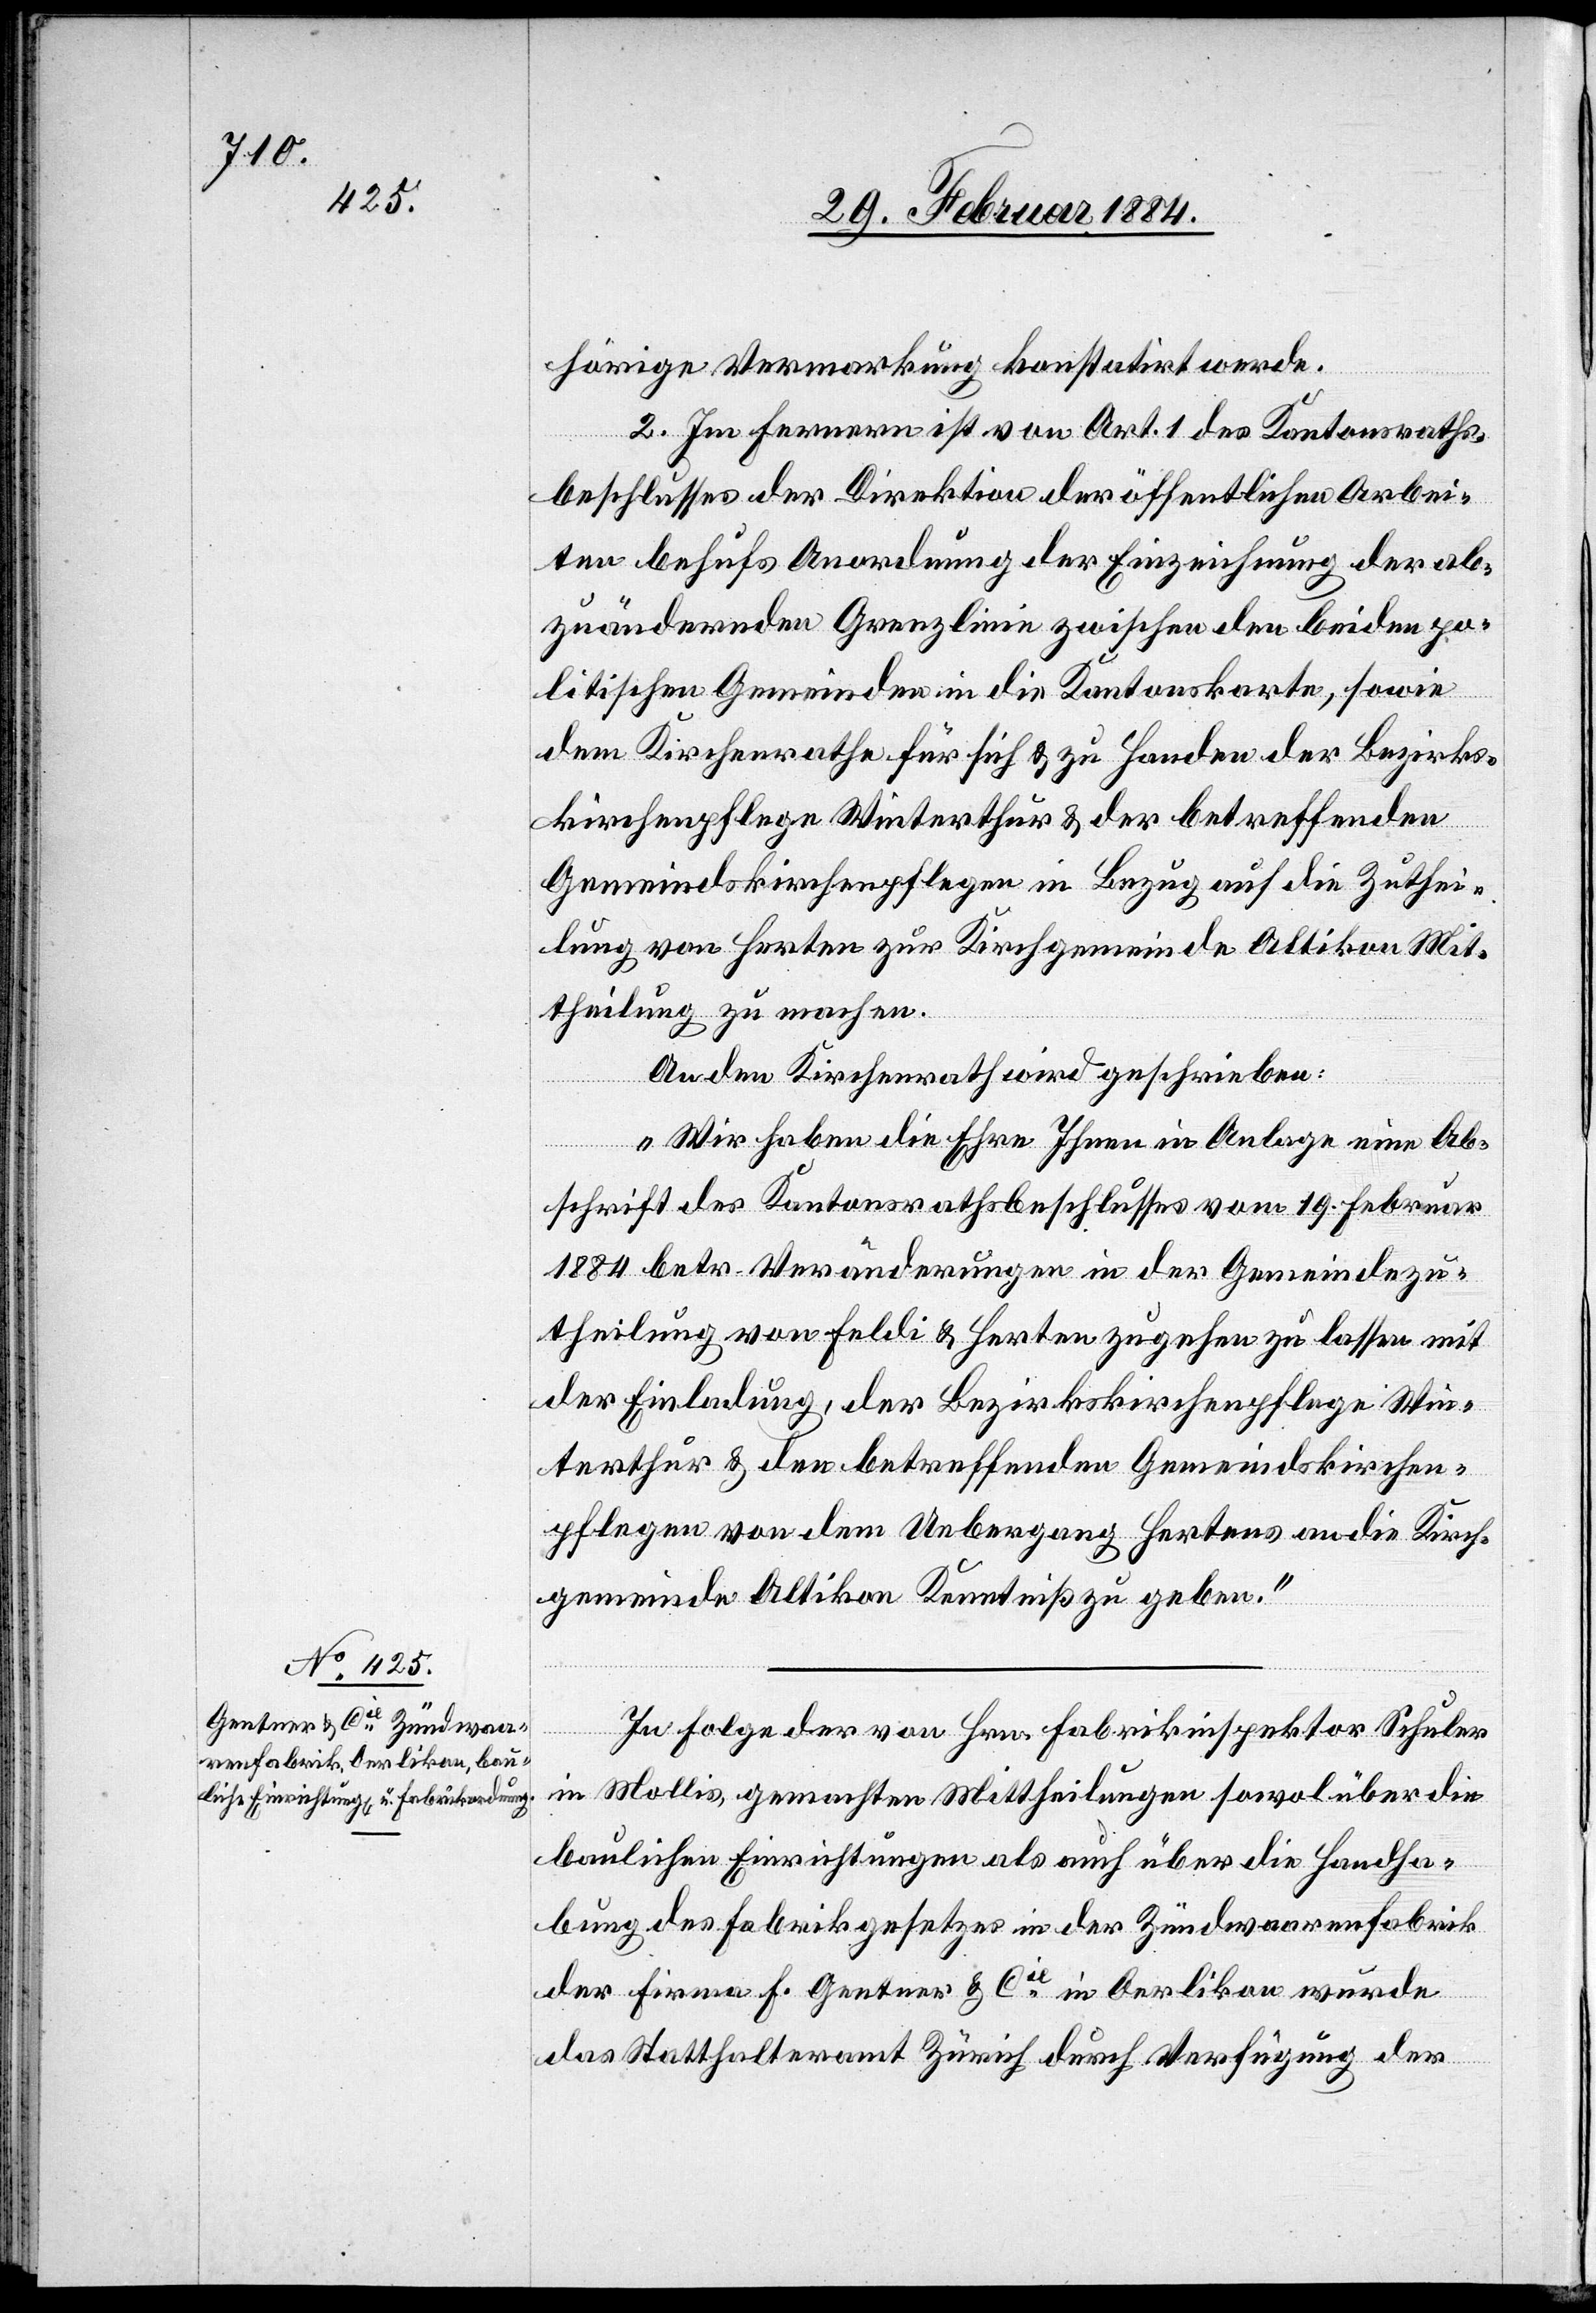
hörige Vermarkung konstatirt werde.
2. Im Ferneren ist von Art. 1 des Kantonsraths¬
beschlusses der Direktion der öffentlichen Arbei¬
ten behufs Anordnung der Einziehungen der ab¬
zuändernden Grenzlinien zwischen den beiden po¬
litischen Gemeinden in die Kantonskarte, sowie
dem Kirchenrathe für sich & zu Handen der Bezirks¬
kirchenpflege Winterthur & der betreffenden
Gemeindskirchenpflege im Bezug auf die Zuthei¬
lung von Herten zur Kirchgemeinde Altikon Mit¬
theilung zu machen.
An den Kirchenrath wird geschrieben:
„Wir haben die Ehre Ihnen in Anlage eine Ab¬
schrift des Kantonsrathsbeschlusses vom 19. Februar
1884 betr. Veränderungen in der Gemeindezu¬
theilung von Feldi & Herten zugehen zu lassen mit
der Einladung, der Bezirkskirchenpflege Win¬
terthur & den betreffenden Gemeindskirchen¬
pflegen von dem Uebergang Hertens an die Kirche¬
ngemeinde Altikon Kenntniß zu geben.“
In Folge der von Hrn. Fabrikinspektor Schuler,
in Mollis, gemachten Mittheilungen sowol über die
baulichen Einrichtungen als auch über die Handha¬
bung des Fabrikgesetzes in der Zündwaarenfabrik
der Firma F. Gentner & Cie in Oerlikon wurde
das Statthalteramt Zürich durch Verfügung der